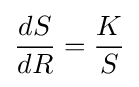
{\frac {dS}{dR}}={\frac {K}{S}}